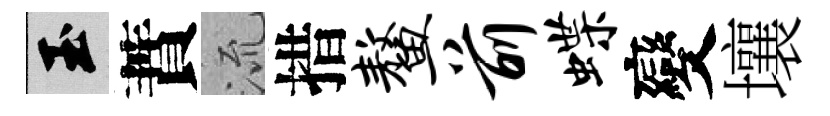
玉蕡𣴑措鳌前蝶變壤